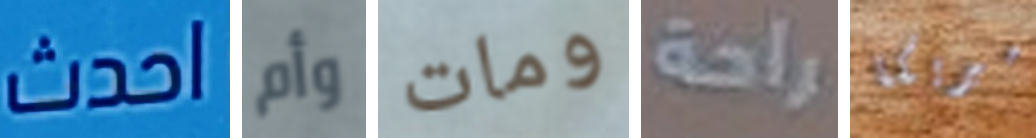
احدث وأم ومات راحة أميريكا